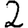
Digit: 2